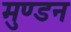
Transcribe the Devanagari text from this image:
मुण्डन